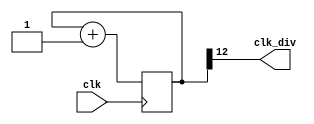
`timescale 1ns / 1ps

`define INITIAL 3'd0
`define DEPOSIT 3'd1
`define AMOUNT 3'd2
`define RELEASE 3'd3
`define CHANGE 3'd4

`define M 4'd10
`define A 4'd11
`define S 4'd12
`define K 4'd13
`define U 4'd14
`define V 4'd15

module clock_divider(clk, clk_div);
    parameter n = 13;
    input clk;
    output clk_div;
    
    reg [n-1:0] num;
    wire [n-1:0] next_num;
    
    always @(posedge clk) begin
        num <= next_num;
    end

    assign next_num = num + 1;
    assign clk_div = num[n-1];
    
endmodule

module debounce (pb_debounced, pb, clk);
    output pb_debounced; // output after being debounced
    input pb; // input from a pushbutton
    input clk;
    reg [3:0] shift_reg; // use shift_reg to filter the bounce
    
    always @(posedge clk) begin
        shift_reg[3:1] <= shift_reg[2:0];
        shift_reg[0] <= pb;
    end
    
    assign pb_debounced = ((shift_reg == 4'b1111) ? 1'b1 : 1'b0);
endmodule

module onepulse (pb_debounced, clk, pb_1pulse);
    input pb_debounced;
    input clk;
    output pb_1pulse;
    reg pb_1pulse;
    reg pb_debounced_delay;
    always @(posedge clk) begin
        if (pb_debounced == 1'b1 & pb_debounced_delay == 1'b0)
            pb_1pulse <= 1'b1;
        else
            pb_1pulse <= 1'b0;
        pb_debounced_delay <= pb_debounced;
    end
endmodule

module lab05(clk, rst, money_5, money_10, cancel,check, count_down, LED, DIGIT, DISPLAY);
    input clk;
    input rst;
    input money_5;
    input money_10;
    input cancel;
    input check;
    input count_down;
    output reg [15:0] LED;
    output reg [3:0] DIGIT;
    output reg [6:0] DISPLAY;
    
    wire clk_div_13, clk_div_16, clk_div_27;
    wire five_bounce, five_pulse;
    wire ten_bounce, ten_pulse;
    wire check_bounce, check_pulse;
    wire count_bounce, count_pulse;
    wire cancel_bounce, cancel_pulse;
    
    reg one_pulse,one_pulse2; // state_clk
    wire state_clk;
    reg [3:0] AN0, AN1, AN2, AN3, next_AN0, next_AN1, next_AN2, next_AN3, temp_AN0, temp_AN1,temp_AN2,temp_AN3,max, next_max, max_temp,BALANCE;
    reg [3:0] value;
    reg [2:0] state, next_state, buy_A, next_buy_A; 
    reg [29:0] ms_count;
    reg [29:0] ms_count2;
    reg flag_remaining, flag, next_flag, flag_temp;
    reg[2:0] flag2;
    
    
    
    clock_divider #(13) cdiv1(.clk(clk), .clk_div(clk_div_13));
    clock_divider #(16) cdiv2(.clk(clk), .clk_div(clk_div_16));
    clock_divider #(27) cdiv3(.clk(clk), .clk_div(clk_div_27));

    //debounce
    debounce debounce1(.pb_debounced(five_bounce), .pb(money_5), .clk(clk_div_16));
    debounce debounce2(.pb_debounced(ten_bounce), .pb(money_10), .clk(clk_div_16));
    debounce debounce3(.pb_debounced(check_bounce), .pb(check), .clk(clk_div_16));
    debounce debounce4(.pb_debounced(count_bounce), .pb(count_down), .clk(clk_div_16));
    debounce debounce5(.pb_debounced(cancel_bounce), .pb(cancel), .clk(clk_div_16));

    
    //onepulse
    onepulse onepulse1(.pb_debounced(five_bounce), .clk(clk_div_16), .pb_1pulse(five_pulse));
    onepulse onepulse2(.pb_debounced(ten_bounce), .clk(clk_div_16), .pb_1pulse(ten_pulse));
    onepulse onepulse3(.pb_debounced(check_bounce), .clk(clk_div_16), .pb_1pulse(check_pulse));
    onepulse onepulse4(.pb_debounced(count_bounce), .clk(clk_div_16), .pb_1pulse(count_pulse));
    onepulse onepulse5(.pb_debounced(cancel_bounce), .clk(clk_div_16), .pb_1pulse(cancel_pulse));
     
    always@(posedge clk) begin
        one_pulse <= 0;
        if(ms_count == 18000) begin
            ms_count <= 0;
            one_pulse <= 1;
        end
        else if(five_pulse || ten_pulse || count_pulse || check_pulse || cancel_pulse || state != `AMOUNT) begin 
            ms_count <= 0;
        end
        else begin
            ms_count <= ms_count + 1;
        end
    end
       
assign state_clk = (state == `INITIAL || state == `DEPOSIT || state == `AMOUNT) ? clk_div_16 : clk_div_27;
      
    always@(posedge clk or posedge rst) begin
        if(rst) begin
            AN0 <= 4'd0;
            AN1 <= 4'd0;
            AN2 <= 4'd0;
            AN3 <= 4'd0;
            buy_A <= 4'd0;
            max <=0;         
            flag <= 1;
            state <= `INITIAL;
        end
        else begin
            AN0 <= next_AN0;
            AN1 <= next_AN1;
            AN2 <= next_AN2;
            AN3 <= next_AN3;
            buy_A <= next_buy_A;
            max <= next_max-1;           
            flag <= next_flag;        
            state <= next_state;
        end
    end
      
    always@(posedge clk_div_13) begin
        case(DIGIT)
            4'b1110: begin
                value = {AN2[3], AN2[2], AN2[1], AN2[0]};
                DIGIT = 4'b1101;
            end
            4'b1101: begin
                value = {AN3[3], AN3[2], AN3[1], AN3[0]};
                DIGIT = 4'b1011;
            end
            4'b1011: begin
                value = {AN0[3], AN0[2], AN0[1], AN0[0]};
                DIGIT = 4'b0111;
            end
            4'b0111: begin
                value = {AN1[3], AN1[2], AN1[1], AN1[0]};
                DIGIT = 4'b1110;
            end
            default: begin
                value = {AN0[3], AN0[2], AN0[1], AN0[0]};
                DIGIT = 4'b1110;
            end
        endcase
    end
    
    always@(posedge clk_div_13) begin
        case(value)
            4'd0: DISPLAY = 7'b1000000;
            4'd1: DISPLAY = 7'b1111001;
            4'd2: DISPLAY = 7'b0100100;
            4'd3: DISPLAY = 7'b0110000;
            4'd4: DISPLAY = 7'b0011001;
            4'd5: DISPLAY = 7'b0010010;
            4'd6: DISPLAY = 7'b0000010;
            4'd7: DISPLAY = 7'b1111000;
            4'd8: DISPLAY = 7'b0000000;
            4'd9: DISPLAY = 7'b0010000;
            `M: DISPLAY = 7'b0101010;   //M          //7'b0000011
            `A: DISPLAY = 7'b0100000;   //A          //7'b0000110
            `S: DISPLAY = 7'b1010010;   //S          //7'b0101111
            `K: DISPLAY = 7'b0001010;   //K          //7'b1110010            
            default: DISPLAY = 7'b1111111;
       endcase
    end
    
    always@(posedge state_clk) begin      
        case(state)
            `INITIAL: begin
                next_AN0 = 4'd0;
                next_AN1 = 4'd0;
                next_AN2 = 4'd0;
                next_AN3 = 4'd0;
                next_state = `DEPOSIT;
                LED = 16'h0000;
                next_buy_A = 3'd0;
            end
            `DEPOSIT: begin
                if(ten_pulse) begin
                    if(AN1 == 4'd5 && AN0 == 4'd0) begin
                        next_AN0 = AN0;
                        next_AN1 = AN1;
                        next_AN2 = AN2; 
                        next_AN3 = AN3;
                    end
                    else if(AN1 == 4'd4 && AN0 == 4'd5) begin
                        next_AN0 = 4'd0;
                        next_AN1 = 4'd5;
                        next_AN2 = 4'd9; 
                        next_AN3 = AN3;
                        flag_remaining = 1'b1;
                    end
                    else if(AN1 == 4'd4 && AN0 == 4'd0) begin
                        next_AN0 = 4'd0;
                        next_AN1 = 4'd5;
                        next_AN2 = 4'd9; 
                        next_AN3 = AN3;
                    end
                    else begin
                        next_AN0 = AN0;
                        next_AN1 = AN1 + 4'd1;
                        next_AN2 = (((AN1 + 4'd1) * 10) + AN0) / 5; 
                        next_AN3 = AN3;
                    end
                end
                else if(five_pulse) begin
                    if(AN1 == 4'd5 && AN0 == 4'd0) begin
                        next_AN0 = AN0;
                        next_AN1 = AN1;
                        next_AN2 = AN2;
                        next_AN3 = AN3;
                    end
                    else if(AN1 == 4'd4 && AN0 == 4'd5) begin
                        next_AN0 = 4'd0;
                        next_AN1 = 4'd5;
                        next_AN2 = 4'd9; 
                        next_AN3 = AN3;
                    end
                    else if(AN0 == 4'd5) begin
                        next_AN0 = 4'd0;
                        next_AN1 = AN1 + 4'd1;
                        next_AN2 = ((AN1 + 4'd1) * 10)/5; 
                        next_AN3 = AN3;
                    end
                    else begin
                        next_AN0 = AN0 + 4'd5;
                        next_AN1 = AN1;
                        next_AN2 = (((AN1  * 10) + (AN0 + 4'd5)))/5; 
                        next_AN3 = AN3;
                    end
                end
                else begin
                    next_AN0 = AN0;
                    next_AN1 = AN1;
                    next_AN2 = AN2;
                    next_AN3 = AN3;
                end

                if(cancel_pulse) begin 
                    next_state = `CHANGE;
                    temp_AN0 = AN0;
                    temp_AN1 = AN1;
                end
                else if(buy_A == 3'd1 ) begin 
                    next_state = `AMOUNT; 
                    temp_AN2 = AN2;               
                end
                else begin
                    next_state = state;
                end
                
               if(check_pulse) begin
                     if(AN1 >=1 || AN0 > 0) begin
                         next_buy_A = buy_A + 3'd1;                                          
                     end
                     else begin
                        next_buy_A = 3'd0;                   
                     end
                 end
             end
            `AMOUNT: begin                                 
                    next_max = AN2;                   
                    max_temp = temp_AN2;
                    
                    
                    if(cancel_pulse || one_pulse) begin
                        next_state = `CHANGE;
                        temp_AN0 = AN0;
                        temp_AN1 = AN1;
                    end
                    else if(buy_A == 3'd2) begin
                        next_state = `RELEASE; 
                         temp_AN0 = AN0;
                         temp_AN1 = AN1;           
                         temp_AN2 = AN2;
                         temp_AN3 = AN3;                         
                         flag_temp = 1;   
                    end
                    else begin
                        next_state = state;
                    end
                    
                    if(count_pulse) begin                                       
                               if(max == 4'd0) begin
                                   // next_max = max_temp;
                                    next_AN2 = max_temp;
                                    next_buy_A = 4'd1;
                                end
                                else begin                                
                                   // next_max = max-1; 
                                    next_AN2 = max;
                                    next_buy_A = 4'd1;
                                end  
                             // next_AN2 = max;                            
                     end
                     if(check_pulse) begin
                            next_buy_A = buy_A + 3'd1;                        
                     end                  
            end
            `RELEASE: begin   
                  next_flag = flag_temp;   
                  if(flag) begin 
                     BALANCE = ((AN1*10) + AN0)-(AN2*5);
                  end
                   if(LED == 16'h0000 && flag2 <3) begin
                        LED = 16'hFFFF;
                        flag2 = flag2 + 1;
                   end
                   else if(LED == 16'hFFFF && flag2 <3) begin
                        LED = 16'h0000;
                   end
                   
                   if(flag2 < 3) begin
                        next_AN0 = `K;
                        next_AN1 = `S;
                        next_AN2 = `A;
                        next_AN3 = `M;
                        temp_AN1= BALANCE/10;
                        temp_AN0= BALANCE%10;
                        next_flag = 0;
                        next_state = `RELEASE;
                   end
                   else if(flag2 == 3) begin
                        LED = 16'hFFFF;
                        flag2 = 0;
                        next_state = `CHANGE;  
                   end                                                                                           
            end
            `CHANGE: begin
                LED = 16'h0000;
                next_AN0 = temp_AN0;
                next_AN1 = temp_AN1;
                next_AN2 = 4'd0;
                next_AN3 = 4'd0;
                if(temp_AN1 > 0) begin
                    temp_AN0 = temp_AN0;
                    temp_AN1 = temp_AN1 - 4'd1;
                    next_state = state;
                end
                else if(temp_AN0 > 0) begin
                    temp_AN0 = temp_AN0 - 4'd5;
                    temp_AN1 = 4'd0;
                    next_state = state;
                end
                else begin
                    temp_AN0 = temp_AN0;
                    temp_AN1 = temp_AN1;
                    next_state = `INITIAL;
                end
            end
       endcase
    end
    
endmodule